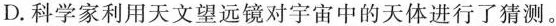
D.科学家利用天文望远镜对宇宙中的天体进行了\underline{猜测}。